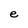
Character: e